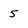
Character: 5